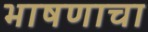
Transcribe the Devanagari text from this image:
भाषणाचा